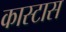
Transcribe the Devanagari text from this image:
कास्टास